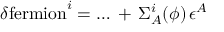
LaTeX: \delta \mathrm { f e r m i o n } ^ { i } = \dots \, + \, \Sigma _ { A } ^ { i } ( \phi ) \, \epsilon ^ { A }